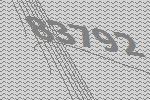
83792